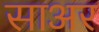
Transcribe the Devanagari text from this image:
साअर